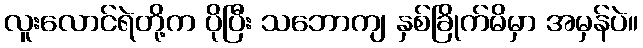
လူးလောင်ရဲတို့က ပိုပြီး သဘောကျ နှစ်ခြိုက်မိမှာ အမှန်ပဲ။